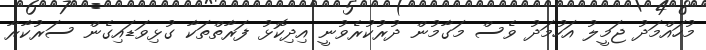
މުހައްމަދު ޖަމީލު އަހުމަދު ވެސް މަގާމުން ދުރުކުރެވުނީ އިދިކޮޅު ފަރާތްތަކާ ގުޅިވަޑައިގެން ސަރުކާރާ